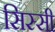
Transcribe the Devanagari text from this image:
सिस्सी